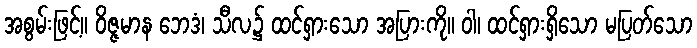
အစွမ်းဖြင့်။ ဝိဇ္ဇမာန ဘေဒံ၊ သီလ၌ ထင်ရှားသော အပြားကို။ ဝါ၊ ထင်ရှားရှိသော မပြတ်သော